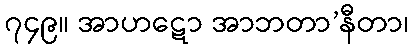
၇၄၉။ အာဟဋော အာဘတာ’နီတာ၊